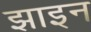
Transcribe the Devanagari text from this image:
झाइन